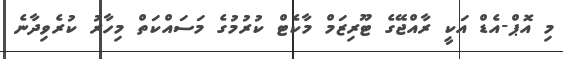
މި އޮޕް-އެޑް އަކީ ރާއްޖޭގެ ޓޫރިޒަމް މާކެޓް ކުރުމުގެ މަސައްކަތް މިހާރު ކުރެވިދާނެ